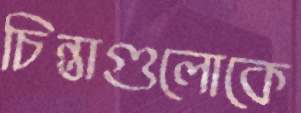
চিন্তাগুলোকে